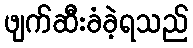
ဖျက်ဆီးခံခဲ့ရသည်